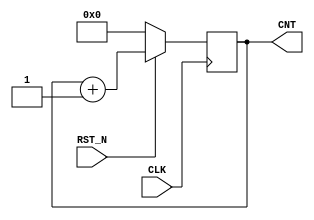
module cycle_adder(
    input CLK, RST_N,
    output reg [3:0] CNT);
    always @ (posedge CLK)
    begin 
        if (RST_N == 0)
            CNT <= 4'b0;
        else 
            CNT <= CNT + 4'b1;
    end
endmodule